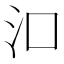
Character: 𬇖